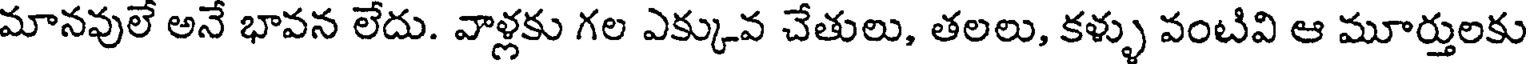
మానవులే అనే భావన లేదు. వాళ్లకు గల ఎక్కువ చేతులు, తలలు, కళ్ళు వంటివి ఆ మూర్తులకు